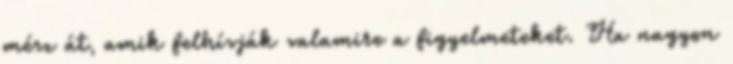
mész át, amik felhívják valamire a figyelmeteket. Ha nagyon